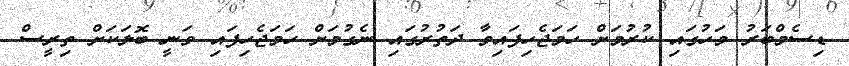
ޑިސެމްބަރު މަހުގައި ކުރުމަށް ހަމަޖެހިފައިވާ ދަތުރުގައި ނެގުމަށް ހަމަޖެހިފައި ވަނީ ބޮލަކަށް ތިރީސް